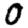
Digit: 0